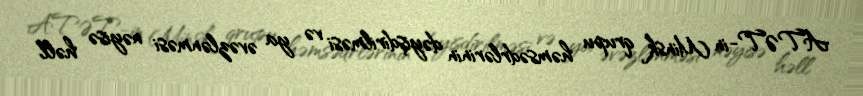
ATƏT-in Minsk qrupu həmsədrlərinin dəyişdirilməsi və ya əvəzlənməsi nəyisə həll